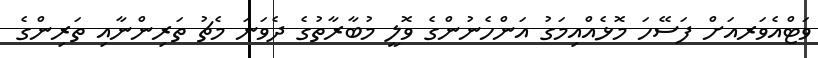
ވަޓްއެވަރއަށް ފަސޭހަ މޮޅެއްއިމަގު އަންހެނުންގެ ވޮލީ މުބާރާތުގެ ދެވަނަ މެޗު ތަރިންނާއި ތަރިންގެ